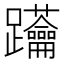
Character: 𨈅